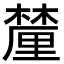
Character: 𨤳